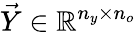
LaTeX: \vec{Y}\in\mathbb R^{n_{y}\times n_{o}}